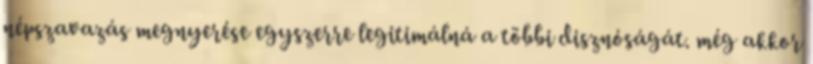
népszavazás megnyerése egyszerre legitimálná a többi disznóságát. még akkor